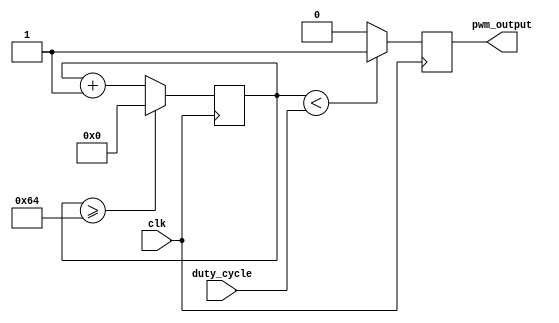
module PWM_generator (
    input wire clk,
    input wire [7:0] duty_cycle,
    output reg pwm_output
);

reg [7:0] count;

always @ (posedge clk) begin
    count <= count + 1;
    if (count >= 100) begin
        count <= 0;
    end
    
    if (count < duty_cycle) begin
        pwm_output <= 1;
    end else begin
        pwm_output <= 0;
    end
end

endmodule